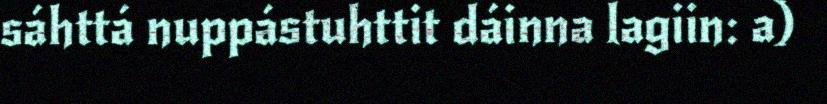
sáhttá nuppástuhttit dáinna lagiin: a)